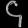
Digit: ၄